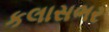
કલાસભર